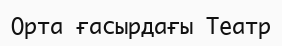
Орта ғасырдағы Театр